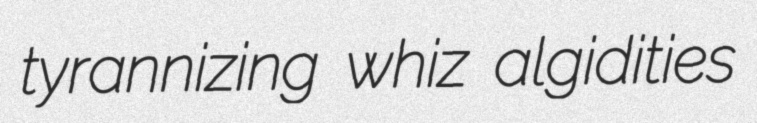
tyrannizing whiz algidities